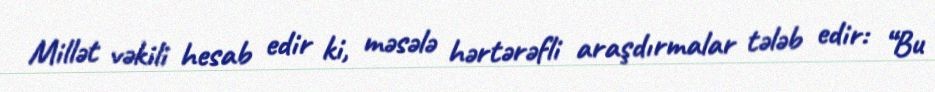
Millət vəkili hesab edir ki, məsələ hərtərəfli araşdırmalar tələb edir: “Bu